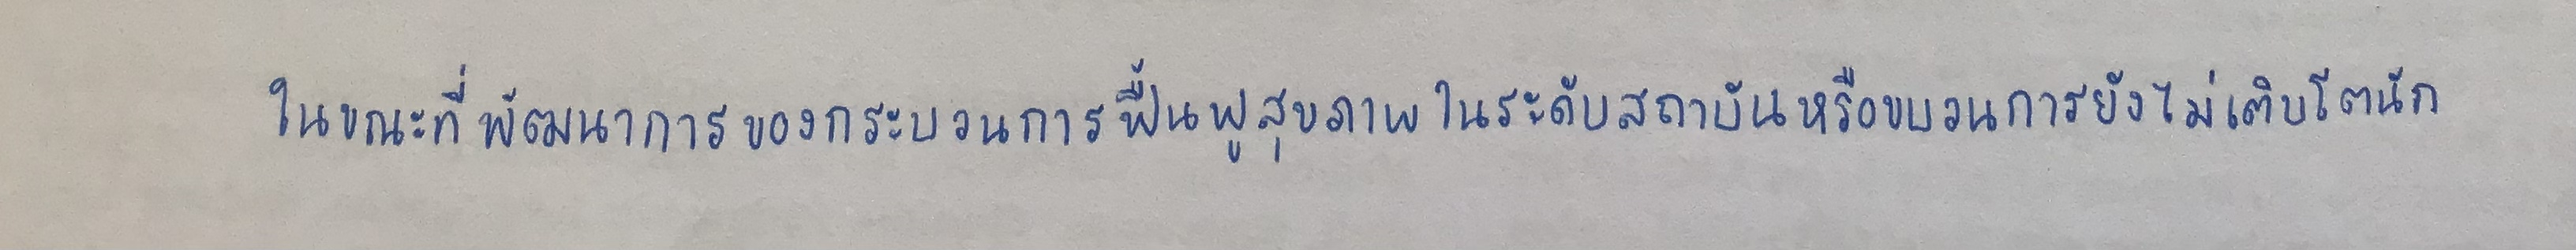
ในขณะที่พัฒนาการของกระบวนการฟื้นฟูสุขภาพในระดับสถาบันหรือขบวนการยังไม่เติบโตนัก